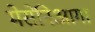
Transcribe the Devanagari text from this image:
मेसेनिआगा